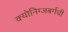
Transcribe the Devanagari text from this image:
क्योनिग्जबर्गची